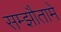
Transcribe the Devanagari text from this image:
सम्झौतामे